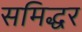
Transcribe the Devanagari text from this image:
समिद्धर